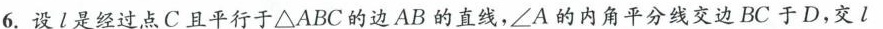
6.设l是经过点C且平行于△ABC的边AB的直线，∠A的内角平分线交边BC于D，交l